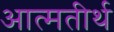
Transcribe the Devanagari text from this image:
आत्मतीर्थ